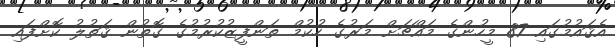
އެޤައުމުގައި 87 މީހުންގެ މައްޗަށް މަރުގެ ހުކުމް ތަންފީޒުކުރުމުގެ ގޮތުން ޤަތުލު ކޮށްފައި